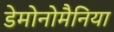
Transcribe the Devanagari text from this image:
डेमोनोमैनिया